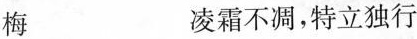
梅 凌霜不凋，特立独行兰